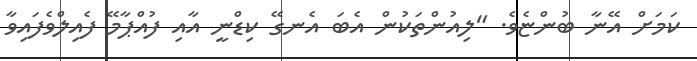
ކަމަށް އޭނާ ބުންޏެވެ. "ލިއުންތަކުން އެބަ އެނގޭ ކިޑްނީ އާއި ފުއްޕާމޭ ފެއިލްވެފައިވާ